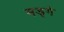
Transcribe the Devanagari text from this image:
मड्गे